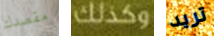
مقصدك وكذلك تريد